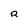
Character: R